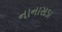
નાનાસડા